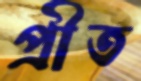
প্রীত